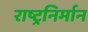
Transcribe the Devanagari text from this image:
राष्ट्रनिर्मान